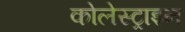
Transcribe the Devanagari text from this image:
कोलेस्ट्राइन